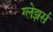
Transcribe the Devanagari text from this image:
ग्लेझर्स